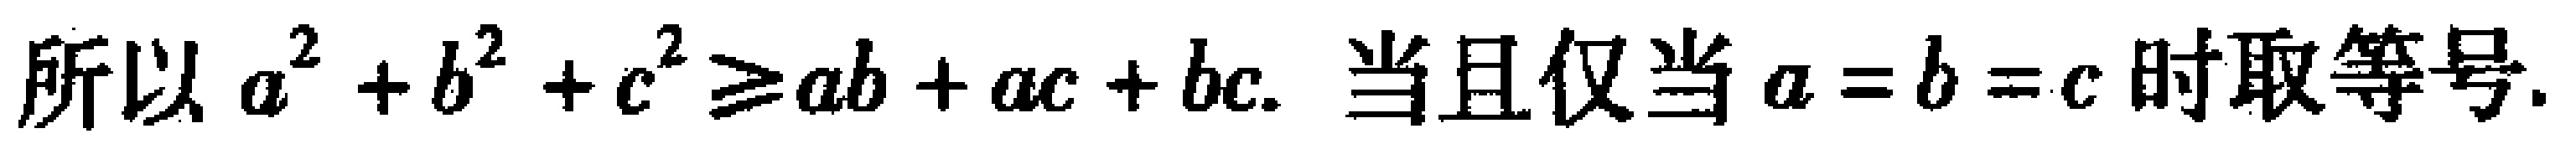
所以 \(a^{2}+b^{2}+c^{2}\geq ab + ac + bc\). 当且仅当 \(a = b = c\) 时取等号.